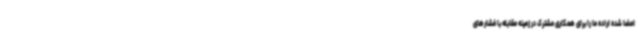
امضا شده اراده ما را برای همکاری مشترک در زمینه مقابله با فشارهای